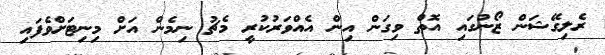
ރެލިގޭޝަން ޒޯނުގައި އޮތް ވިގަން އިން އެއްވަރުކުރީ މެޗު ނިމެން އަށް މިނިޓަށްވެފައި